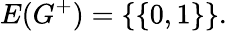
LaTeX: E(G^{+})=\{ \{ 0,1\} \} .